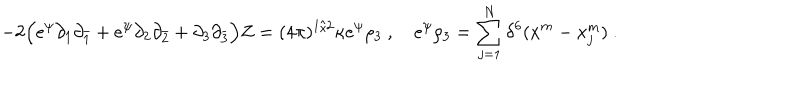
LaTeX: - 2 \Bigl ( e ^ { \psi } \partial _ { 1 } \partial _ { \bar { 1 } } + e ^ { \psi } \partial _ { 2 } \partial _ { \bar { 2 } } + \partial _ { 3 } \partial _ { \bar { 3 } } \Bigr ) Z = ( 4 \pi ) ^ { 1 / 2 } \kappa e ^ { \psi } \rho _ { 3 } \ , \quad e ^ { \psi } \rho _ { 3 } = \sum _ { j = 1 } ^ { N } \delta ^ { 6 } ( x ^ { m } - x _ { j } ^ { m } ) \ .